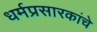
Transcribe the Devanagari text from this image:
धर्मप्रसारकांचे